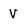
Character: V